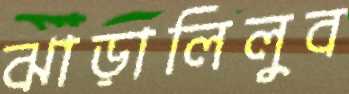
ঝাড়ালিলুব